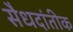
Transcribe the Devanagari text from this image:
सैधदांतीक